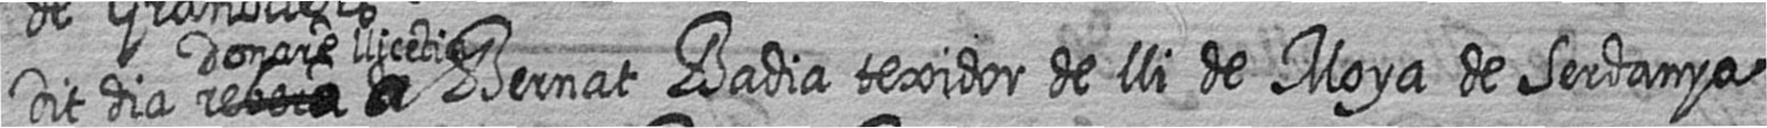
Dit dia # Donare llicetia a Bernat Badia texidor de lli de Moya de Serdanya